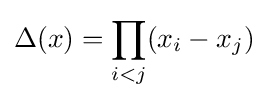
\Delta (x)=\prod _{i<j}(x_{i}-x_{j})